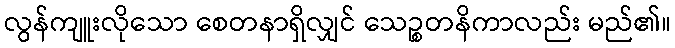
လွန်ကျူးလိုသော စေတနာရှိလျှင် သေဉ္စတနိကာလည်း မည်၏။